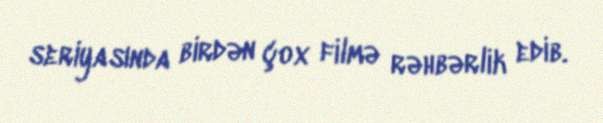
seriyasında birdən çox filmə rəhbərlik edib.